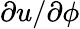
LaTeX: \partial u/\partial\phi